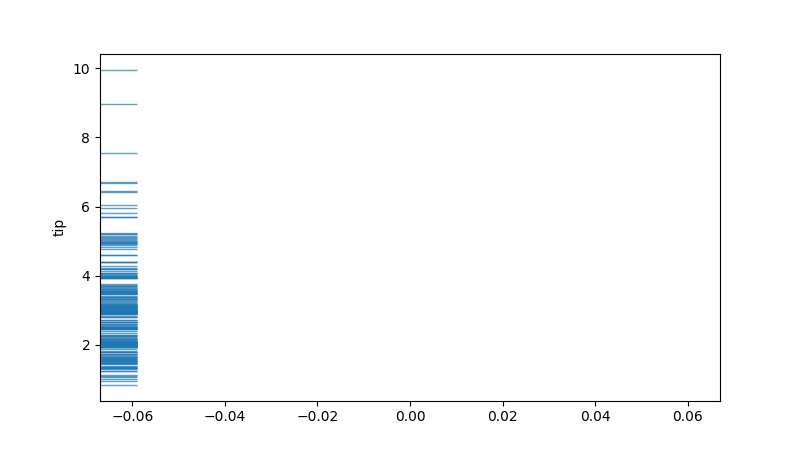
python, seaborn, rugplot, height=0.06, axis='y', alpha=0.7